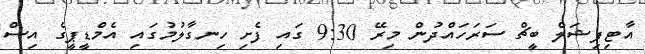
އާޓިފިޝަލް ބީޗް ސަރަހައްދުން މިރޭ 9:30 ގައި ފެށި ހިނގާލުމުގައި އެމްޑީޕީގެ އިސް